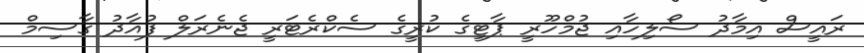
ރައީސް އިމާދު ސޯލިހާއި ޖުމްހޫރީ ޕާޓީގެ ކުރީގެ ސެކްރެޓަރީ ޖެނެރަލް ފުއާދު ގާސިމް